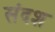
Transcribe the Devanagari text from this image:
संदश